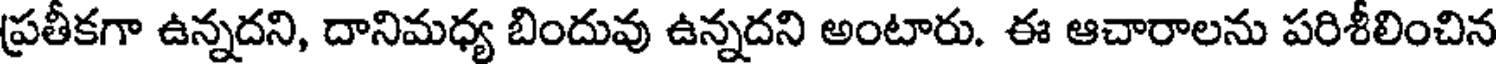
ప్రతీకగా ఉన్నదని, దానిమధ్య బిందువు ఉన్నదని అంటారు. ఈ ఆచారాలను పరిశీలించిన